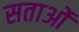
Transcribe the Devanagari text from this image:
सताओं